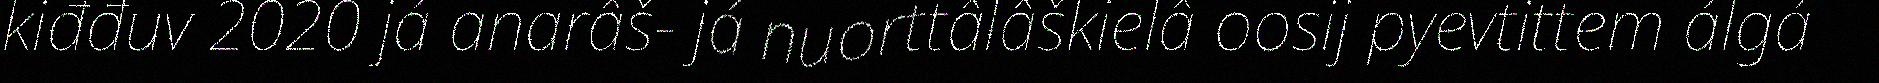
kiđđuv 2020 já anarâš- já nuorttâlâškielâ oosij pyevtittem álgá